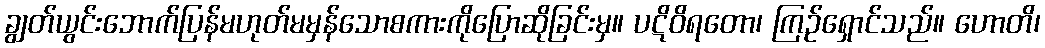
ချွတ်ယွင်းဘောက်ပြန်မဟုတ်မမှန်သောစကားကိုပြောဆိုခြင်းမှ။ ပဋိဝိရတော၊ ကြဉ်ရှောင်သည်။ ဟောတိ၊